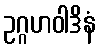
ဥဂ္ဂဟဝါဒိနံ